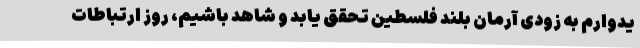
یدوارم به زودی آرمان بلند فلسطین تحقق یابد و شاهد باشیم، روز ارتباطات